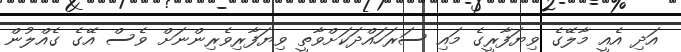
އަދި އެއީ މާލޭގެ ވިޔަފާރީގެ މައި ސަރަހައްދަކަށްވާތީ ވިޔަފާރިވެރިންނަށް ވެސް އޭގެ ގެއްލުން